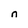
Character: n